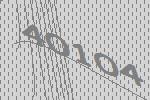
40104